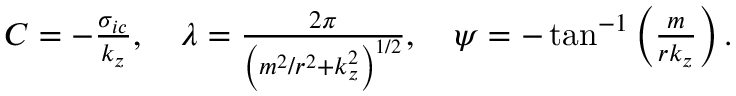
\begin{array} { r } { C = - \frac { \sigma _ { i c } } { k _ { z } } , \quad \lambda = \frac { 2 \pi } { \left( m ^ { 2 } / r ^ { 2 } + k _ { z } ^ { 2 } \right) ^ { 1 / 2 } } , \quad \psi = - \tan ^ { - 1 } \left( { \frac { m } { r k _ { z } } } \right) . } \end{array}